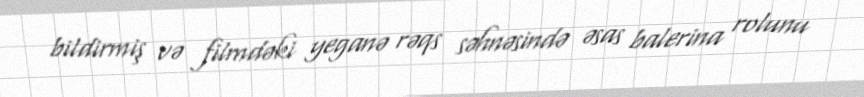
bildirmiş və filmdəki yeganə rəqs səhnəsində əsas balerina rolunu